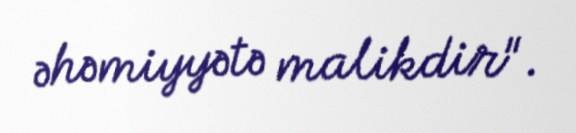
əhəmiyyətə malikdir".